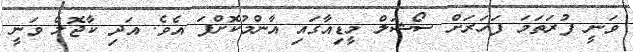
ވަނީ ފުރަތަމަ ފަހަރަށް ސޯޝަލް މީޑިއާގައި އާންމުކޮށްފަ އެވެ. އަދި ކާޖޮލް ވަނީ